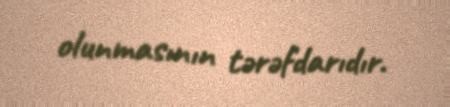
olunmasının tərəfdarıdır.